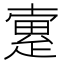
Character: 𤴡